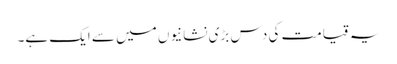
یہ قیامت کی دس بڑی نشانیوں میں سے ایک ہے۔